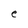
Character: P